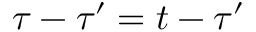
\tau - \tau ^ { \prime } = t - \tau ^ { \prime }